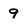
Character: 9